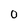
Character: 0